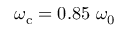
\omega _ { \mathrm { c } } = 0 . 8 5 ~ \omega _ { 0 }